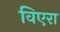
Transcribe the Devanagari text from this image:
विएरा